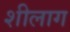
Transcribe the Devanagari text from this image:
शीलाग